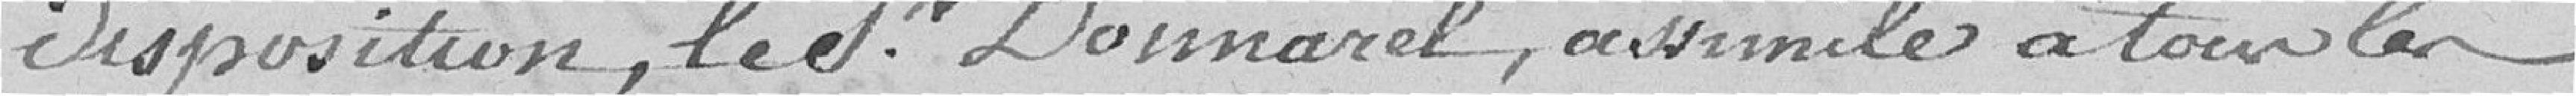
disposition, le Receveur Donnarel, assimilé à tous les